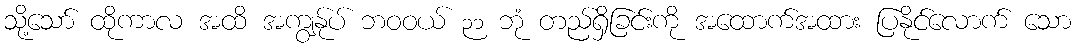
သို့သော် ထိုကာလ အထိ အကျွန်ုပ် ဘဝဝယ် ၃၁ ဘုံ တည်ရှိခြင်းကို အထောက်အထား ပြနိုင်လောက် သော